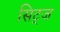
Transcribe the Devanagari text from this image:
सिट्ज